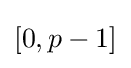
\left[0,p-1\right]